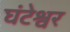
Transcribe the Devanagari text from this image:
घंटेश्वर